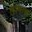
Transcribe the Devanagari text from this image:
तश्बान